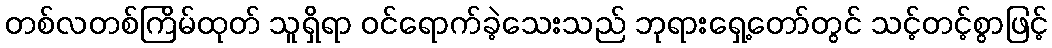
တစ်လတစ်ကြိမ်ထုတ် သူရှိရာ ဝင်ရောက်ခဲ့သေးသည် ဘုရားရှေ့တော်တွင် သင့်တင့်စွာဖြင့်